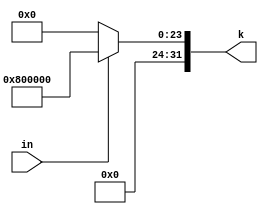
////////////////////////////////////////////////////////////////////////////////////////////////////////
//
// Institution   : Bandung Institute of Technology
//
// Module Name   : convert_k
// Project Name  : LSI Design Contest in Okinawa 2018
// Target Devices: Sigmoid Function
// Tool versions : Vivado 2016.4
//
// Description: 
// 		Converting 1-bit input to 32 bit computable data
// 
//
// Revision: 
// Revision 0.01 - File Created
// Additional Comments: Addtion using operator +
//
///////////////////////////////////////////////////////////////////////////////////////////////////////

module convert_k (in,k);
parameter DWIDTH=32;
parameter IWIDTH=64;

input [0:0] in;
output [DWIDTH-1:0] k;

assign k=in?32'b00000000100000000000000000000000:32'b00000000000000000000000000000000;

endmodule